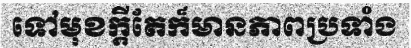
ទៅមុខក្តីតែក៏មានភាពប្រទាំង